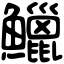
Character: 鱲